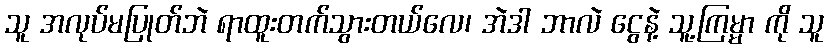
သူ အလုပ်မပြုတ်ဘဲ ရာထူးတက်သွားတယ်လေ၊ အဲဒါ ဘာလဲ ငွေနဲ့ သူ့ကြမ္မာ ကို သူ